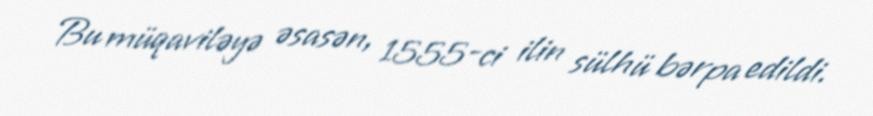
Bu müqaviləyə əsasən, 1555-ci ilin sülhü bərpa edildi.